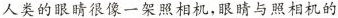
人类的眼睛很像一架照相机，眼睛与照相机的